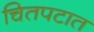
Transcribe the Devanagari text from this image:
चितपटात